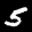
Label: 5